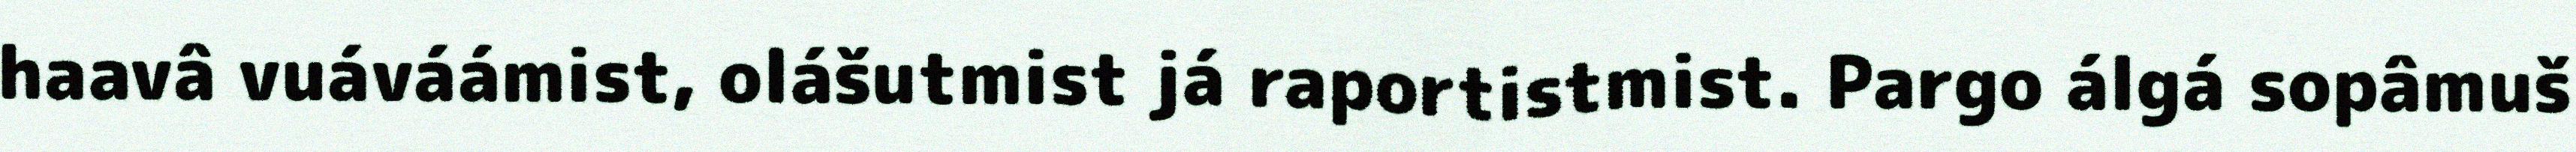
haavâ vuáváámist, olášutmist já raportistmist. Pargo álgá sopâmuš